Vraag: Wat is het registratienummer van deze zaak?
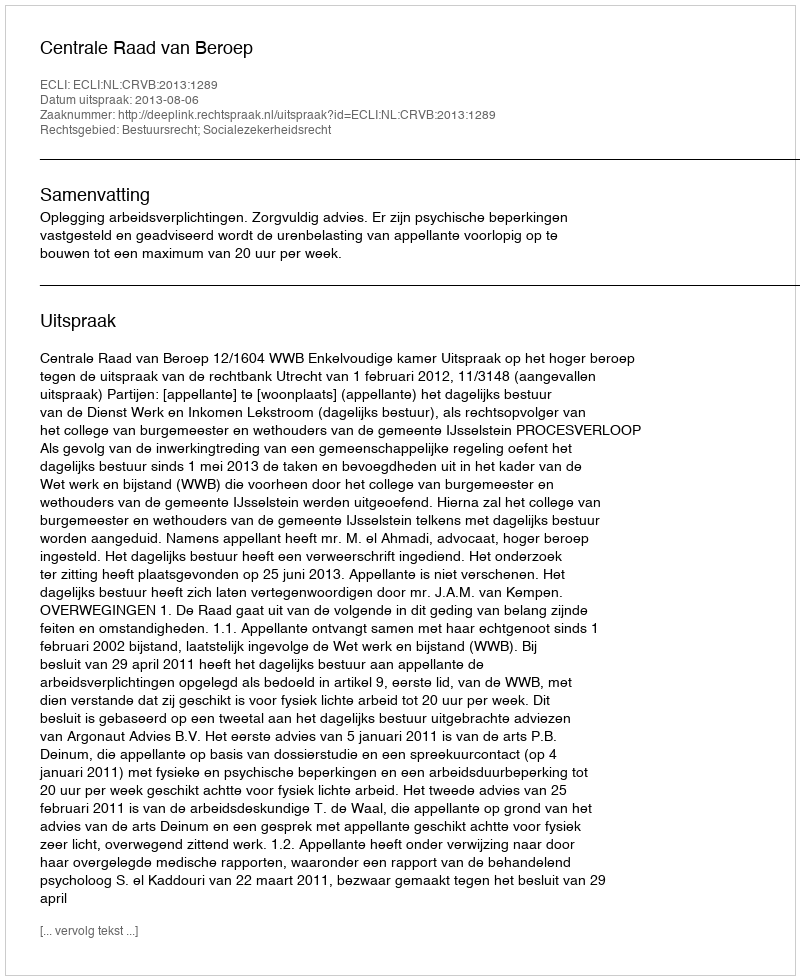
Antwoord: http://deeplink.rechtspraak.nl/uitspraak?id=ECLI:NL:CRVB:2013:1289